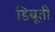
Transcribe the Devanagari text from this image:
डिबूती